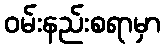
ဝမ်းနည်းစရာမှာ